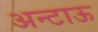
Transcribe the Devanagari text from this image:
अन्टाऊ